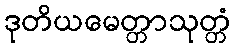
ဒုတိယမေတ္တာသုတ္တံ